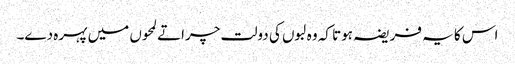
اس کا یہ فریضہ ہوتا کہ وہ لبوں کی دولت چراتے لمحوں میں پہرہ دے۔